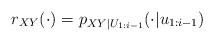
LaTeX: \begin{align*} r_{XY}(\cdot)=p_{XY|U_{1:i-1}}(\cdot | u_{1:i-1})\end{align*}